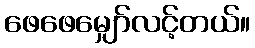
ဖေဖေမျှော်လင့်တယ်။